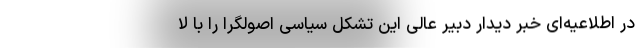
در اطلاعیه‌ای خبر دیدار دبیر عالی این تشکل سیاسی اصولگرا را با لا